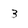
Character: 3